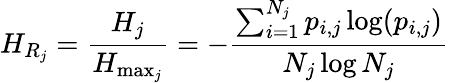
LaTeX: H_{R_{j}}=\frac{H_{j}}{H_{\operatorname*{max}_{j}}}=-\frac{\sum_{i=1}^{N_{j}}p_{i,j}\log(p_{i,j})}{N_{j}\log N_{j}}